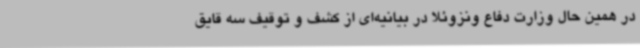
در همین حال وزارت دفاع ونزوئلا در بیانیه‌ای از کشف و توقیف سه قایق